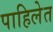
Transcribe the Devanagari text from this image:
पाहिलेत